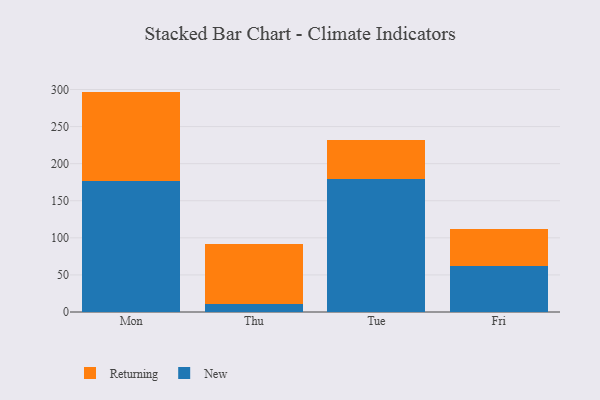
{"axis": {"x": "Day", "y": "Operating Costs (USD K)"}, "legend": ["New", "Returning"], "data": [{"x": "Mon", "y": 176.1, "type": "New"}, {"x": "Mon", "y": 121.1, "type": "Returning"}, {"x": "Thu", "y": 10.9, "type": "New"}, {"x": "Thu", "y": 81.3, "type": "Returning"}, {"x": "Tue", "y": 179.7, "type": "New"}, {"x": "Tue", "y": 51.8, "type": "Returning"}, {"x": "Fri", "y": 62.0, "type": "New"}, {"x": "Fri", "y": 50.5, "type": "Returning"}]}